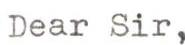
Dear Sir,